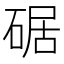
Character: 𪿩